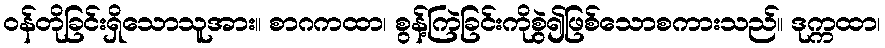
ဝန်တိုခြင်းရှိသောသူအား။ စာဂကထာ၊ စွန့်ကြဲခြင်းကိုစွဲ၍ဖြစ်သောစကားသည်။ ဒုက္ကထာ၊